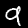
Digit: 9